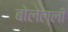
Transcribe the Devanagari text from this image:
बोलेल्ली